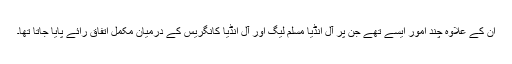
ان کے علاوہ چند امور ایسے تھے جن پر آل انڈیا مسلم لیگ اور آل انڈیا کانگریس کے درمیان مکمل اتفاق رائے پایا جاتا تھا۔